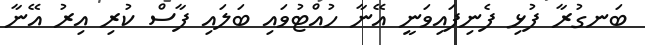
ބަނގުރާ ފުޅި ފެނިފައިވަނީ އޭނާ ހުއްޓުވައި ބަލައި ފާސް ކުރި އިރު އޭނާ